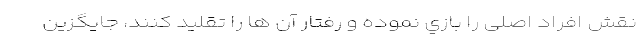
نقش افراد اصلی را بازي نموده و رفتار آن ها را تقلید کنند، جایگزین